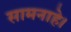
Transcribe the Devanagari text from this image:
सामनाहे।